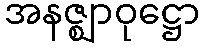
အနဇ္ဈာဝုဋ္ဌော